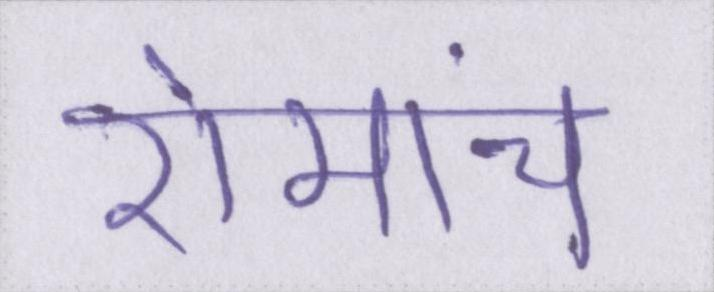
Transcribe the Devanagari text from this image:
रोमांच